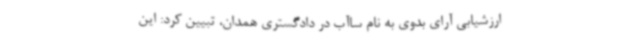
ارزشیابی آرای بدوی به نام ساآب در دادگستری همدان، تبیین کرد: این